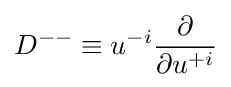
D^{--}\equiv u^{-i}{\frac {\partial }{\partial u^{+i}}}